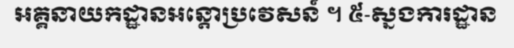
អគ្គនាយកដ្ឋានអន្តោប្រវេសន៍ ។ ៥-ស្នងការដ្ឋាន